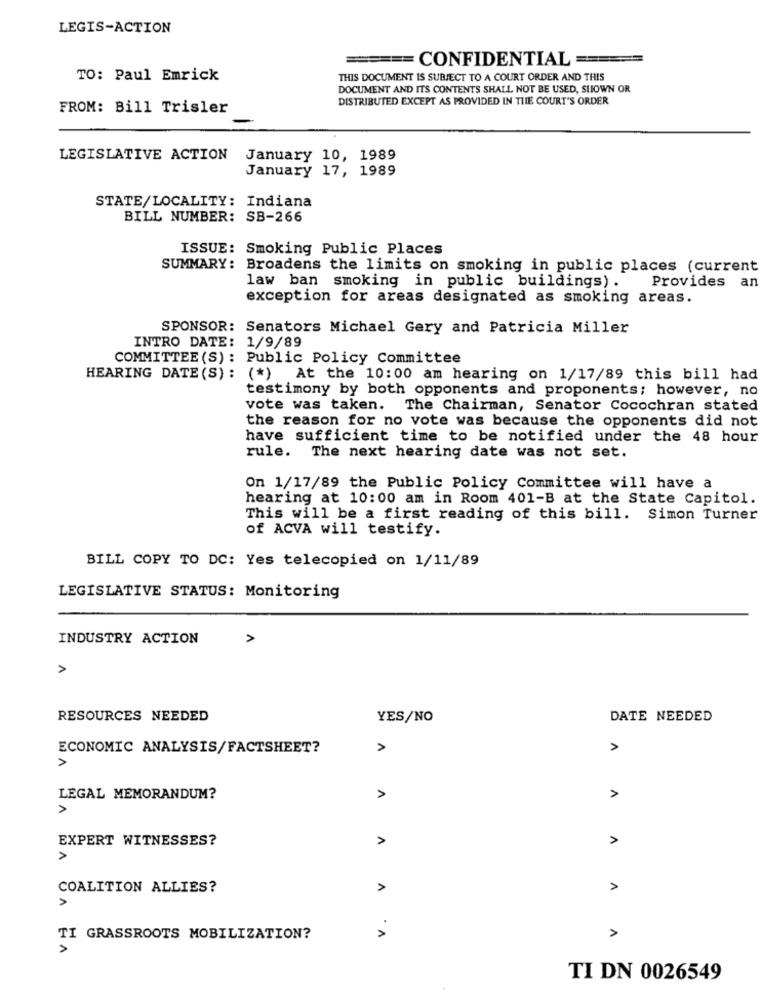
LEGIS-ACTION
===== CONFIDENTIAL ======
TO: Paul Emrick
THIS DOCUMENT IS SUBJECT TO A COURT ORDER AND THIS
DOCUMENT AND ITS CONTENTS SHALL NOT BE USED, SHOWN OR
DISTRIBUTED EXCEPT AS PROVIDED IN THE COURT'S ORDER
FROM: Bill Trisler
LEGISLATIVE ACTION
January 10, 1989
January 17, 1989
STATE/LOCALITY: Indiana
BILL NUMBER: SB-266
ISSUE: Smoking Public Places
SUMMARY: Broadens the limits on smoking in public places (current
law ban smoking in public buildings).
Provides an
exception for areas designated as smoking areas.
SPONSOR: Senators Michael Gery and Patricia Miller
INTRO DATE: 1/9/89
COMMITTEE (S) : Public Policy Committee
HEARING DATE (S) : (*) At the 10:00 am hearing on 1/17/89 this bill had
testimony by both opponents and proponents; however, no
vote was taken. The Chairman, Senator Cocochran stated
the reason for no vote was because the opponents did not
have sufficient time to be notified under the 48 hour
rule.
The next hearing date was not set.
On 1/17/89 the Public Policy Committee will have a
hearing at 10:00 am in Room 401-B at the State Capitol.
This will be a first reading of this bill. Simon Turner
of ACVA will testify.
BILL COPY TO DC: Yes telecopied on 1/11/89
LEGISLATIVE STATUS: Monitoring
INDUSTRY ACTION
>
RESOURCES NEEDED
YES/NO
DATE NEEDED
ECONOMIC ANALYSIS/FACTSHEET?
>
>
LEGAL MEMORANDUM?
A
>
EXPERT WITNESSES?
A
>
COALITION ALLIES?
>
>
v .
TI GRASSROOTS MOBILIZATION?
A
TI DN 0026549